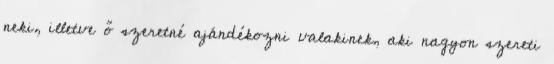
neki, illetve ő szeretné ajándékozni valakinek, aki nagyon szereti